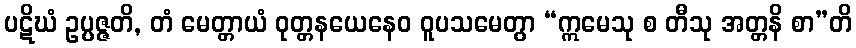
ပဋိဃံ ဥပ္ပဇ္ဇတိ, တံ မေတ္တာယံ ဝုတ္တနယေနေဝ ဝူပသမေတွာ “ဣမေသု စ တီသု အတ္တနိ စာ”တိ